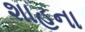
શાહના